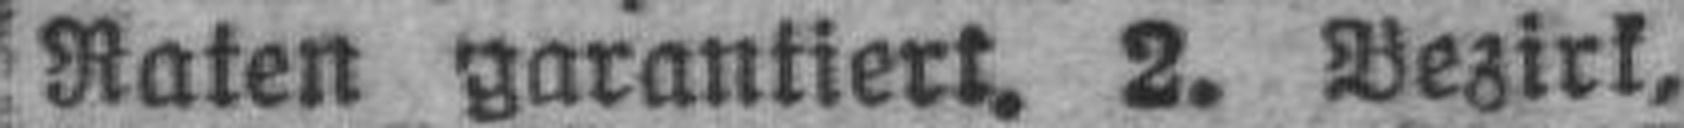
Raten garantiert. 2. Bezirk,